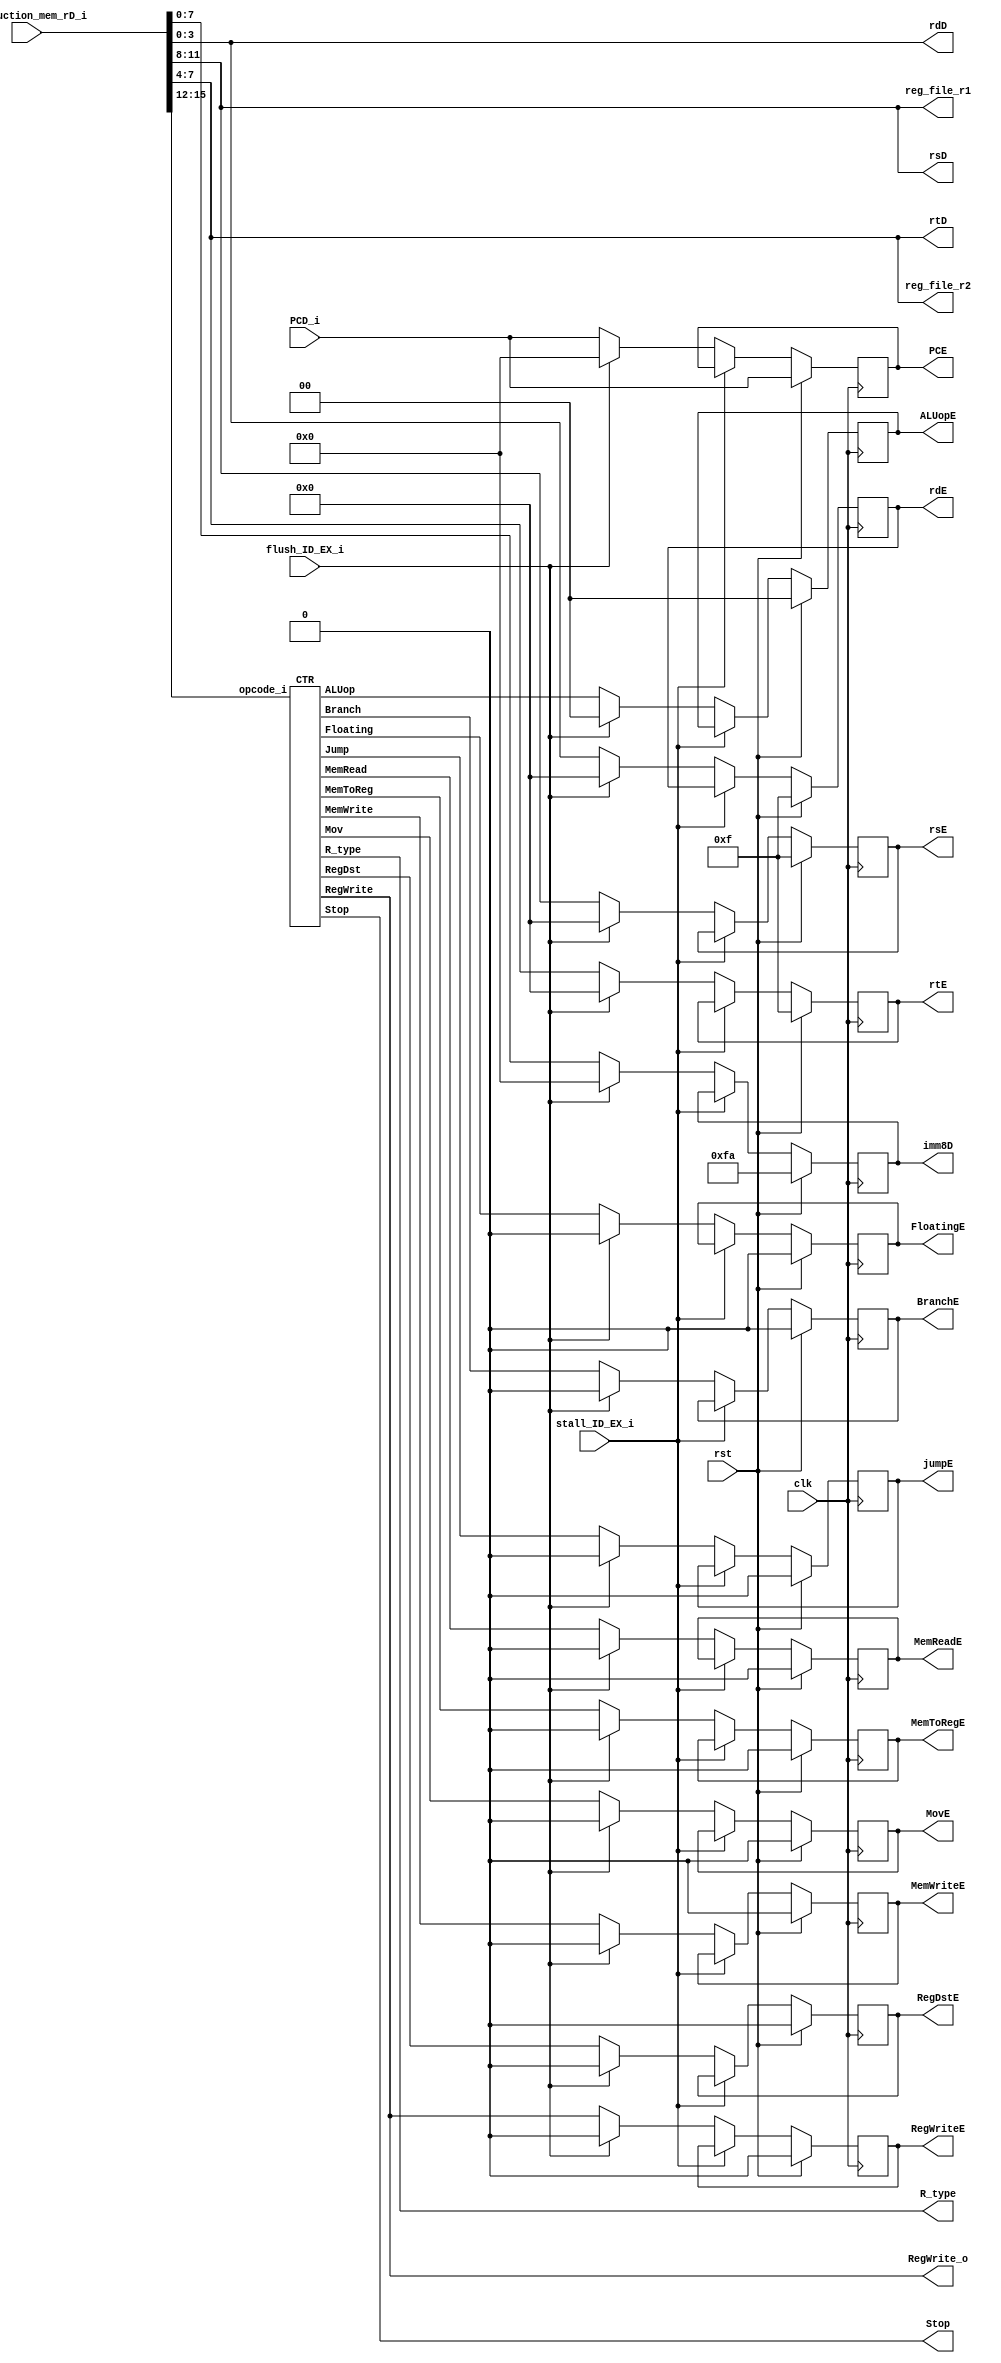
//`include "/home/rain/VLSI_CAD_Project/16_bit_Pipelined_processor/src/CTR.v"
module ID#(parameter DATA_WIDTH = 16,
           parameter ADDR_WIDTH = 8,
           parameter IMM8_WIDTH = 8,
           parameter REG_WIDTH  = 4,
           parameter CV_WIDTH   = 11,
           parameter OP_WIDTH   = 4)
       (input rst,
        input clk,
        input[ADDR_WIDTH-1:0] PCD_i,
        input[DATA_WIDTH-1:0] instruction_mem_rD_i,
        input flush_ID_EX_i,
        input stall_ID_EX_i,

        //REGFILE
        output[REG_WIDTH-1:0] reg_file_r1,
        output[REG_WIDTH-1:0] reg_file_r2,

        //Hazard unit inputs
        output[REG_WIDTH-1:0]  rsD ,
        output[REG_WIDTH-1:0]  rtD ,
        output[REG_WIDTH-1:0]  rdD ,

        //LW-R hazard needed
        output RegWrite_o,
        output R_type    ,

        //IF/ID
        output reg[REG_WIDTH-1:0]  rtE,
        output reg[REG_WIDTH-1:0]  rsE,
        output reg[REG_WIDTH-1:0]  rdE,
        output reg[ADDR_WIDTH-1:0] PCE,
        output reg[IMM8_WIDTH-1:0] imm8D,

        output Stop,

        output reg RegWriteE,
        output reg[1:0] ALUopE,
        output reg BranchE,
        output reg MemReadE,
        output reg RegDstE,
        output reg MemWriteE,
        output reg MemToRegE,
        output reg MovE,
        output reg FloatingE,
        output reg jumpE
       );

//Instruction bit slices from IM
assign  rsD     = instruction_mem_rD_i[11:8];
assign  rtD     = instruction_mem_rD_i[7:4];
assign  rdD     = instruction_mem_rD_i[3:0];
wire[IMM8_WIDTH-1:0] imm8D_w = instruction_mem_rD_i[7:0];
wire[OP_WIDTH-1:0]   opcode = instruction_mem_rD_i[15:12];

//Control vector
wire[1:0] ALUop;
wire RegWrite;
wire Branch;
wire MemRead;
wire RegDst;
wire MemWrite;
wire MemToReg;
wire Mov;
wire Floating;
wire Jump;

//RF access
assign reg_file_r1 = rsD;
assign reg_file_r2 = rtD;

CTR ctr(.opcode_i(opcode),

        //Outputs
        .RegWrite(RegWrite),
        .ALUop(ALUop),
        .Branch(Branch),
        .MemRead(MemRead),
        .RegDst(RegDst),
        .MemWrite(MemWrite),
        .Jump(Jump),
        .MemToReg(MemToReg),
        .Mov(Mov),
        .Floating(Floating),
        .Stop(Stop),
        .R_type(R_type));

//LW-R hazard, ID stage R, EX stage LW
assign RegWrite_o = RegWrite;

always @(posedge clk)
begin: ID_EX
    if(rst)
    begin
        PCE   <= PCD_i;
        RegWriteE <= 'd0;
        ALUopE <= 'd0;
        BranchE <= 'd0;
        MemReadE <= 'd0;
        RegDstE <= 'd0;
        MemWriteE <= 'd0;
        MemToRegE <= 'd0;
        MovE <= 'd0;
        FloatingE <= 'd0;

        rtE <= 'd15;
        rsE <= 'd15;
        rdE <= 'd15;
        imm8D<= 'd250;
        jumpE <= 'd0;

    end
    else if(stall_ID_EX_i)
    begin
        PCE   <= PCE;
        RegWriteE <= RegWriteE;
        ALUopE <= ALUopE;
        BranchE <= BranchE;
        MemReadE <= MemReadE;
        RegDstE <= RegDstE;
        MemWriteE <= MemWriteE;
        MemToRegE <= MemToRegE;
        MovE <= MovE;
        FloatingE <= FloatingE;

        rtE <= rtE;
        rsE <= rsE;
        rdE <= rdE;
        imm8D<= imm8D;
        jumpE <= jumpE;
    end
    else if(flush_ID_EX_i)
    begin
        PCE   <= 'd0;
        RegWriteE <= 'd0;
        ALUopE <= 'd0;
        BranchE <= 'd0;
        MemReadE <= 'd0;
        RegDstE <= 'd0;
        MemWriteE <= 'd0;
        MemToRegE <= 'd0;
        MovE <= 'd0;
        FloatingE <= 'd0;

        rtE <= 'd0;
        rsE <= 'd0;
        rdE <= 'd0;
        imm8D<='d0;
        jumpE <= 'd0;
    end
    else
    begin
        PCE   <= PCD_i;
        RegWriteE <= RegWrite;
        ALUopE <= ALUop;
        BranchE <= Branch;
        MemReadE <= MemRead;
        RegDstE <= RegDst;
        MemWriteE <= MemWrite;
        MemToRegE <= MemToReg;
        MovE <= Mov;
        FloatingE <= Floating;

        rtE <= rtD;
        rsE <= rsD;
        rdE <= rdD;
        imm8D<=imm8D_w;
        jumpE <= Jump;
    end
end

endmodule
module CTR#(parameter OP_WIDTH = 4,
            parameter CV_WIDTH = 12)
       (input [OP_WIDTH-1:0] opcode_i,
        output RegWrite ,
        output[1:0] ALUop ,
        output Branch ,
        output MemRead ,
        output RegDst ,
        output MemWrite ,
        output Jump ,
        output MemToReg ,
        output Mov ,
        output Floating ,
        output Stop,
        output R_type);

//Basic instructions OP
localparam ADD =    4'b0010 ;
localparam SW =     4'b0001 ;
localparam LW =     4'b0000 ;
localparam SUB =    4'b0100 ;
localparam MOV =    4'b0011 ;
localparam JMPZ =   4'b0101 ;
localparam STOP =   4'b0111 ;
localparam ADDF =   4'b1000 ;
localparam MULTF =  4'b1001 ;
localparam NOP =    4'b1111 ;
localparam SLT =    4'b1010 ;
localparam JUMP =   4'b0110 ;


wire _ADD_       = opcode_i == ADD;
wire _SW_        = opcode_i == SW;
wire _LW_        = opcode_i == LW;
wire _SUB_       = opcode_i == SUB;
wire _MOV_       = opcode_i == MOV;
wire _JMPZ_      = opcode_i == JMPZ;
wire _STOP_      = opcode_i == STOP;
wire _ADDF_      = opcode_i == ADDF;
wire _MULTF_     = opcode_i == MULTF;
wire _NOP_       = opcode_i == NOP;
wire _SLT_       = opcode_i == SLT;
wire _JUMP_      = opcode_i == JUMP;
assign R_type    = _ADD_ || _SUB_ || _MULTF_ || _NOP_ || _STOP_ || _JMPZ_ || _SLT_; //Note JMPZ is not R_type but is needs forwarding.


//Basic instruction ControlVector
localparam ADD_CV   =       12'b100000000000;
localparam SW_CV    =       12'b000000100000;
localparam LW_CV    =       12'b100011001000;
localparam SUB_CV   =       12'b101000000000;
localparam MOV_CV   =       12'b100001000100;
localparam JMPZ_CV  =       12'b000100000000;
localparam STOP_CV  =       12'b000000000001;
localparam ADDF_CV  =       12'b100000000010;
localparam MULTF_CV =       12'b100000000010;
localparam NOP_CV   =       12'b000000000000;
localparam SLT_CV   =       12'b110000000000;
localparam JUMP_CV  =       12'b000000010000;

reg[CV_WIDTH-1:0] control_vector;
//Main CTR decoder
always @(*)
begin
    case(opcode_i)
        ADD:
        begin
            control_vector = ADD_CV;
        end
        SW:
        begin
            control_vector = SW_CV;
        end
        LW:
        begin
            control_vector = LW_CV;
        end
        SUB:
        begin
            control_vector = SUB_CV;
        end
        MOV:
        begin
            control_vector = MOV_CV;
        end
        JMPZ:
        begin
            control_vector = JMPZ_CV;
        end
        STOP:
        begin
            control_vector = STOP_CV;
        end
        ADDF:
        begin
            control_vector = ADDF_CV;
        end
        MULTF:
        begin
            control_vector = MULTF_CV;
        end
        NOP:
        begin
            control_vector = NOP_CV;
        end
        JUMP:
        begin
            control_vector = JUMP_CV;
        end
        default:
        begin
            control_vector = NOP;
        end
    endcase
end

assign {RegWrite,ALUop[1:0],Branch,MemRead,RegDst,MemWrite,Jump,MemToReg,Mov,Floating,Stop} = control_vector;

endmodule